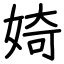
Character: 婍